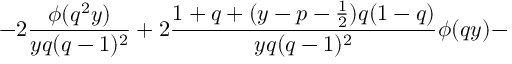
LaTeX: - 2 \frac { \phi ( q ^ { 2 } y ) } { y q ( q - 1 ) ^ { 2 } } + 2 \frac { 1 + q + ( y - p - \frac { 1 } { 2 } ) q ( 1 - q ) } { y q ( q - 1 ) ^ { 2 } } \phi ( q y ) -